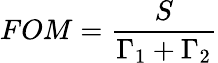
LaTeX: FOM=\frac{S}{\Gamma_{1}+\Gamma_{2}}